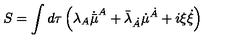
S = \int d \tau \left( \lambda _ { A } \dot { \bar { \mu } } ^ { A } + \bar { \lambda } _ { \dot { A } } \dot { { \mu } } ^ { \dot { A } } + i \xi \dot { \xi } \right)